Indian journal of veterinary science and animal husbandry - Volumes 28-29, 1958-1959
Year: 1958
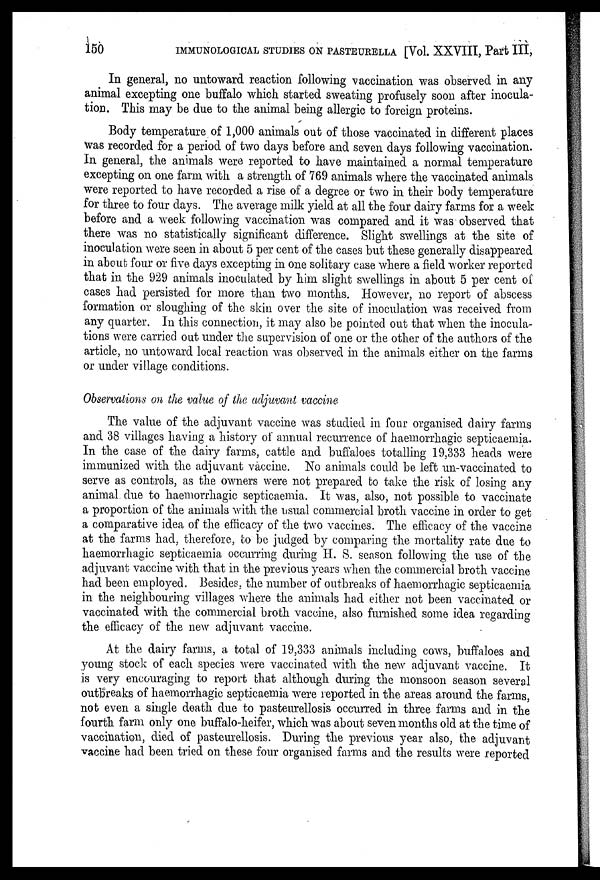
150
IMMUNOLOGICAL STUDIES ON PASTEURELLA [Vol. XXVIII, Part III,
In general, no untoward reaction following vaccination was observed in any
animal excepting one buffalo which started sweating profusely soon after inocula-
tion. This may be due to the animal being allergic to foreign proteins.
Body temperature of 1,000 animals out of those vaccinated in different places
was recorded for a period of two days before and seven days following vaccination.
In general, the animals were reported to have maintained a normal temperature
excepting on one farm with a strength of 769 animals where the vaccinated animals
were reported to have recorded a rise of a degree or two in their body temperature
for three to four days. The average milk yield at all the four dairy farms for a week
before and a week following vaccination was compared and it was observed that
there was no statistically significant difference. Slight swellings at the site of
inoculation were seen in about 5 per cent of the cases but these generally disappeared
in about four or five days excepting in one solitary case where a field worker reported
that in the 929 animals inoculated by him slight swellings in about 5 per cent of
cases had persisted for more than two months. However, no report of abscess
formation or sloughing of the skin over the site of inoculation was received from
any quarter. In this connection, it may also be pointed out that when the inocula-
tions were carried out under the supervision of one or the other of the authors of the
article, no untoward local reaction was observed in the animals either on the farms
or under village conditions.
Observations on the value of the adjuvant vaccine
The value of the adjuvant vaccine was studied in four organised dairy farms
and 38 villages having a history of annual recurrence of haemorrhagic septicaemia.
In the case of the dairy farms, cattle and buffaloes totalling 19,333 heads were
immunized with the adjuvant vaccine. No animals could be left un-vaccinated to
serve as controls, as the owners were not prepared to take the risk of losing any
animal due to haemorrhagic septicaemia. It was, also, not possible to vaccinate
a proportion of the animals with the usual commercial broth vaccine in order to get
a comparative idea of the efficacy of the two vaccines. The efficacy of the vaccine
at the farms had, therefore, to be judged by comparing the mortality rate due to
haemorrhagic septicaemia occurring during H. S. season following the use of the
adjuvant vaccine with that in the previous years when the commercial broth vaccine
had been employed. Besides, the number of outbreaks of haemorrhagic septicaemia
in the neighbouring villages where the animals had either not been vaccinated or
vaccinated with the commercial broth vaccine, also furnished some idea regarding
the efficacy of the new adjuvant vaccine.
At the dairy farms, a total of 19,333 animals including cows, buffaloes and
young stock of each species were vaccinated with the new adjuvant vaccine. It
is very encouraging to report that although during the monsoon season several
outbreaks of haemorrhagic septicaemia were reported in the areas around the farms,
not even a single death due to pasteurellosis occurred in three farms and in the
fourth farm only one buffalo-heifer, which was about seven months old at the time of
vaccination, died of pasteurellosis. During the previous year also, the adjuvant
vaccine had been tried on these four organised farms and the results were reported